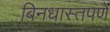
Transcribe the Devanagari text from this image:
बिनधास्तपणे